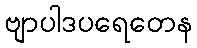
ဗျာပါဒပရေတေန